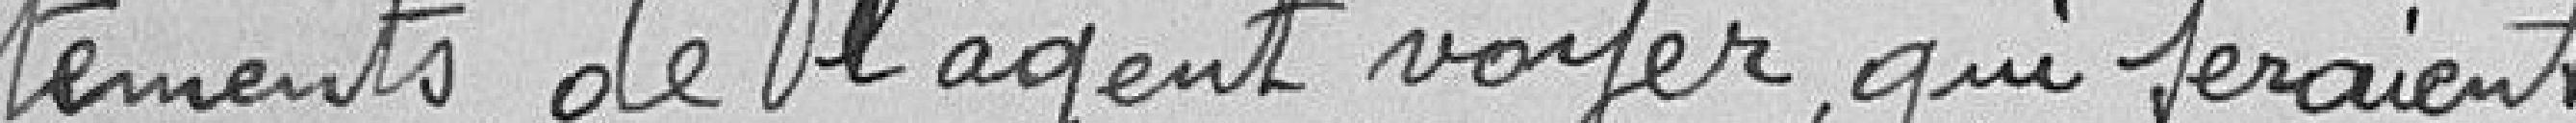
tements de l'agent voyer qui seraient